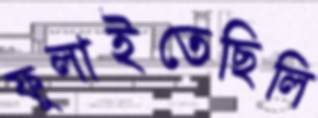
ফুলাইতেছিলি